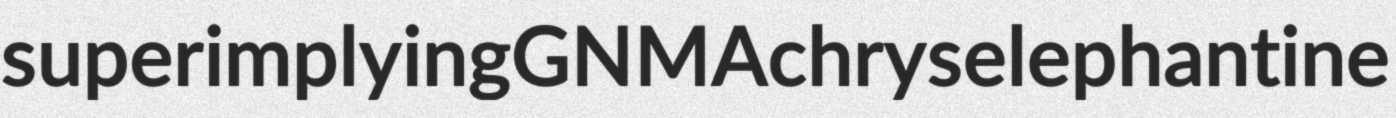
superimplying GNMA chryselephantine